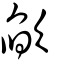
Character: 欿